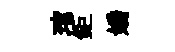
琯鉅嬌